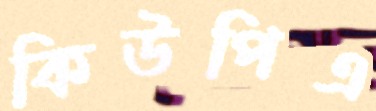
কিউপিএ